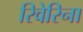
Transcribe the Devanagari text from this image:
रिवेरिना